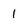
Character: 1